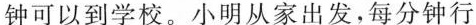
钟可以到学校。小明从家出发，每分钟行